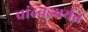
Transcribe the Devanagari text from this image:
चांदवडपर्यंत